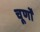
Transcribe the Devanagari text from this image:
चूर्णों